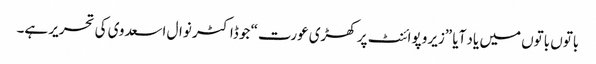
باتوں باتوں میں یاد آیا ”زیرو پوائنٹ پر کھڑی عورت“ جو ڈاکٹر نوال اسعدوی کی تحریر ہے۔